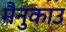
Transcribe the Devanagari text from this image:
मैनुकाउ